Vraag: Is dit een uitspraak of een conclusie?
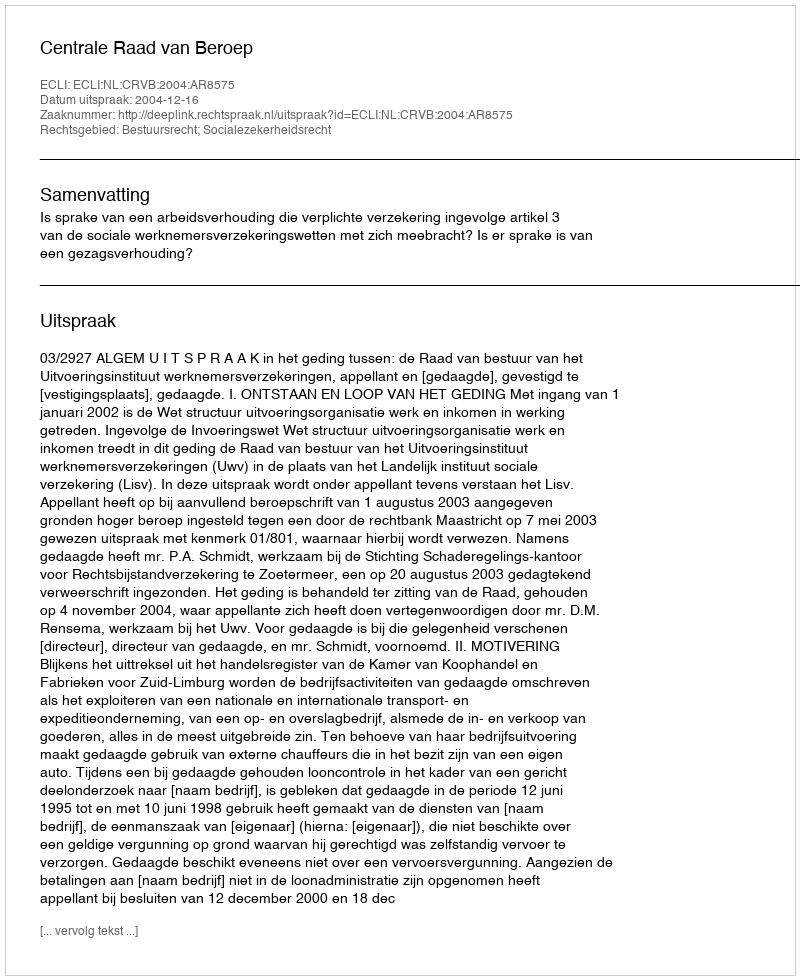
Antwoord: Uitspraak